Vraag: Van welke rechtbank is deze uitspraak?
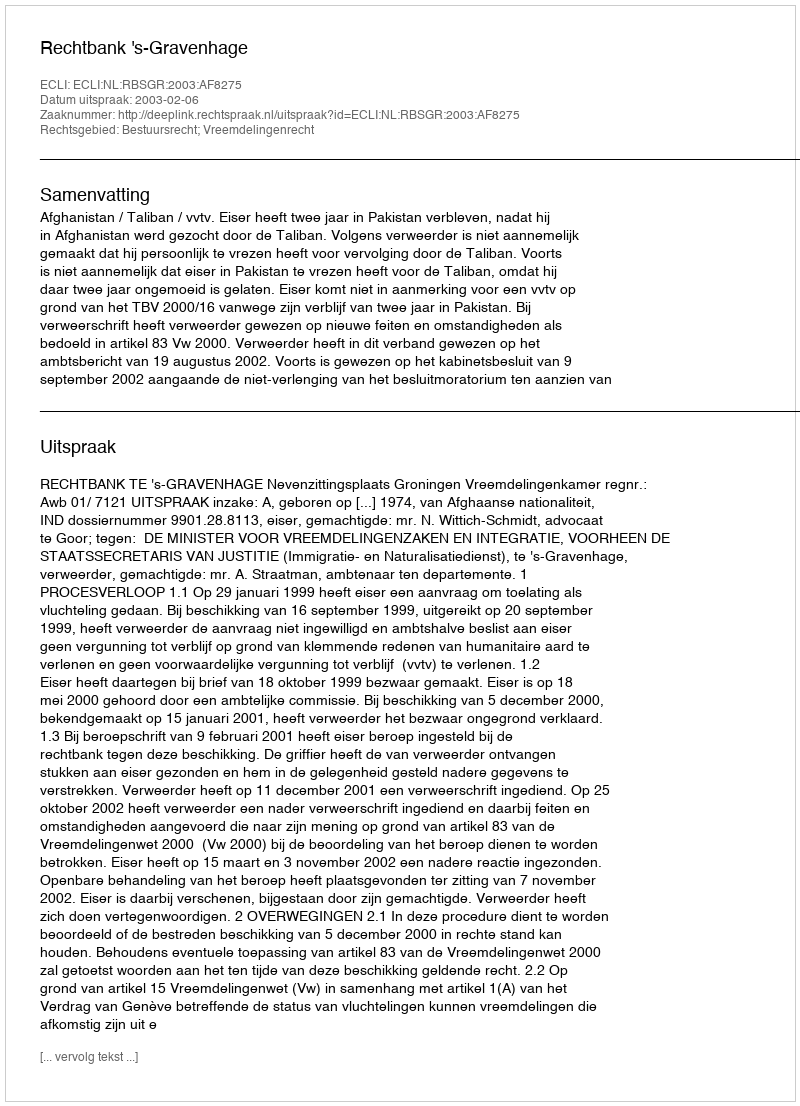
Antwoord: Rechtbank 's-Gravenhage